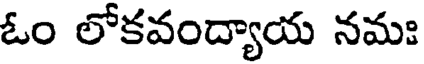
ఓం లోకవంద్యాయ నమః